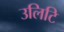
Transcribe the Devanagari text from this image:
उलिटि